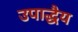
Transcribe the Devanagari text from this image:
उपाद्धैय